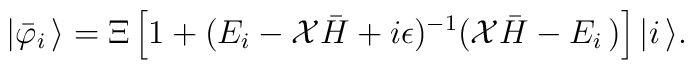
|{\bar \varphi}_i\,\rangle =\Xi\left[1+ (E_i - {\cal X}{\bar H}+i\epsilon)^{-1}({\cal X}{\bar H}-E_{i}\,)\right]|i\,\rangle.